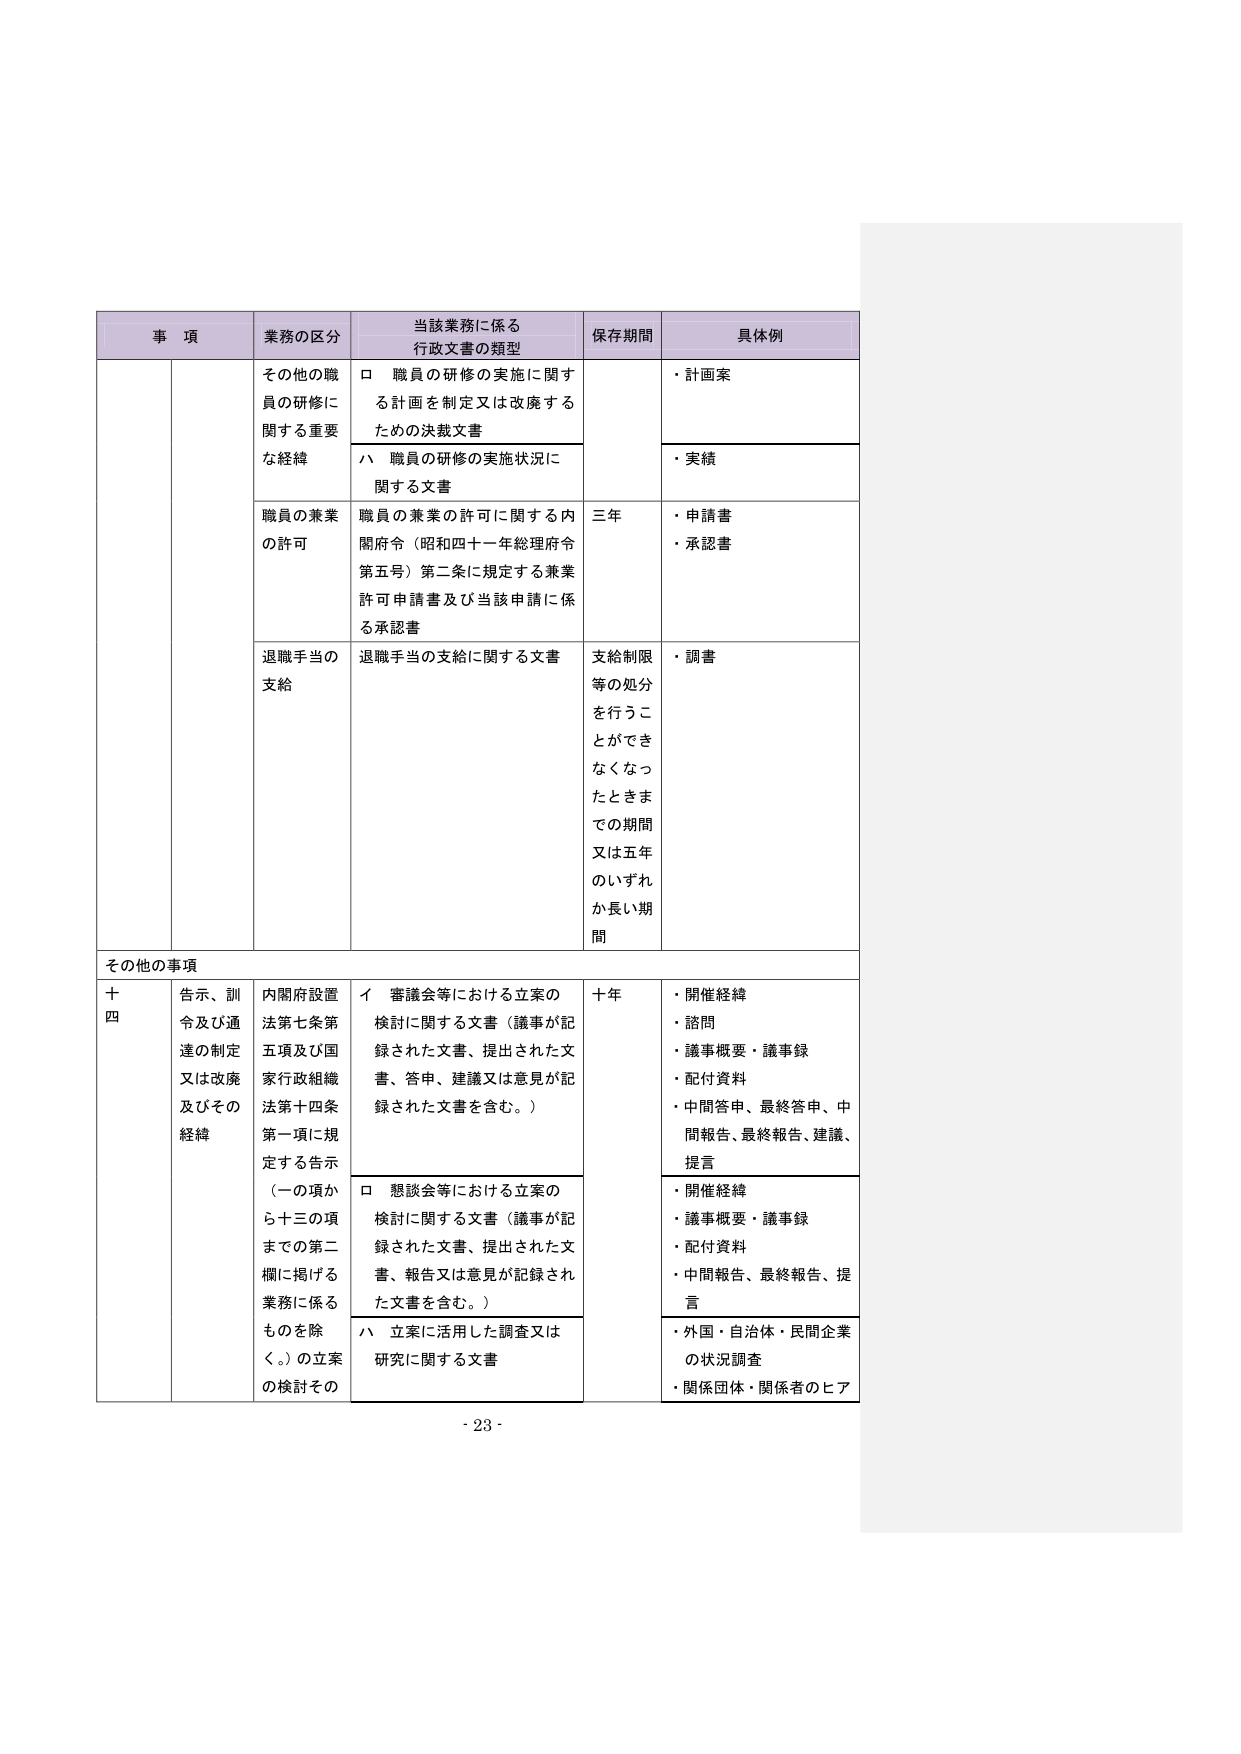
事 項 業務の区分 当該業務に係る 行政文書の類型 保存期間 具体例 その他の職員の研修に関する重要な経緯 ロ 職員の研修の実施に関する計画を制定又は改廃するための決裁文書 ・計画案 ハ 職員の研修の実施状況に関する文書 ・実績 職員の兼業の許可 職員の兼業の許可に関する内閣府令（昭和四十一年総理府令第五号）第二条に規定する兼業許可申請書及び当該申請に係る承認書 三年 ・申請書 ・承認書 退職手当の支給 退職手当の支給に関する文書 支給制限等の処分を行うことができなくなったときまでの期間又は五年のいずれか長い期間 ・調書 その他の事項 十四 告示、訓令及び通達の制定又は改廃及びその経緯 内閣府設置法第七条第五項及び国家行政組織法第十四条第一項に規定する告示（一の項から十三の項までの第二欄に掲げる業務に係るものを除く。）の立案の検討での イ 審議会等における立案の検討に関する文書（議事が記録された文書、提出された文書、答申、建議又は意見が記録された文書を含む。） 十年 ・開催経緯 ・諮問 ・議事概要・議事録 ・配付資料 ・中間答申、最終答申、中間報告、最終報告、建議、提言 ロ 懇談会等における立案の検討に関する文書（議事が記録された文書、提出された文書、報告又は意見が記録された文書を含む。） ・開催経緯 ・議事概要・議事録 ・配付資料 ・中間報告、最終報告、提言 ハ 立案に活用した調査又は研究に関する文書 ・外国・自治体・民間企業の状況調査 ・関係団体・関係者のヒア - 23 -